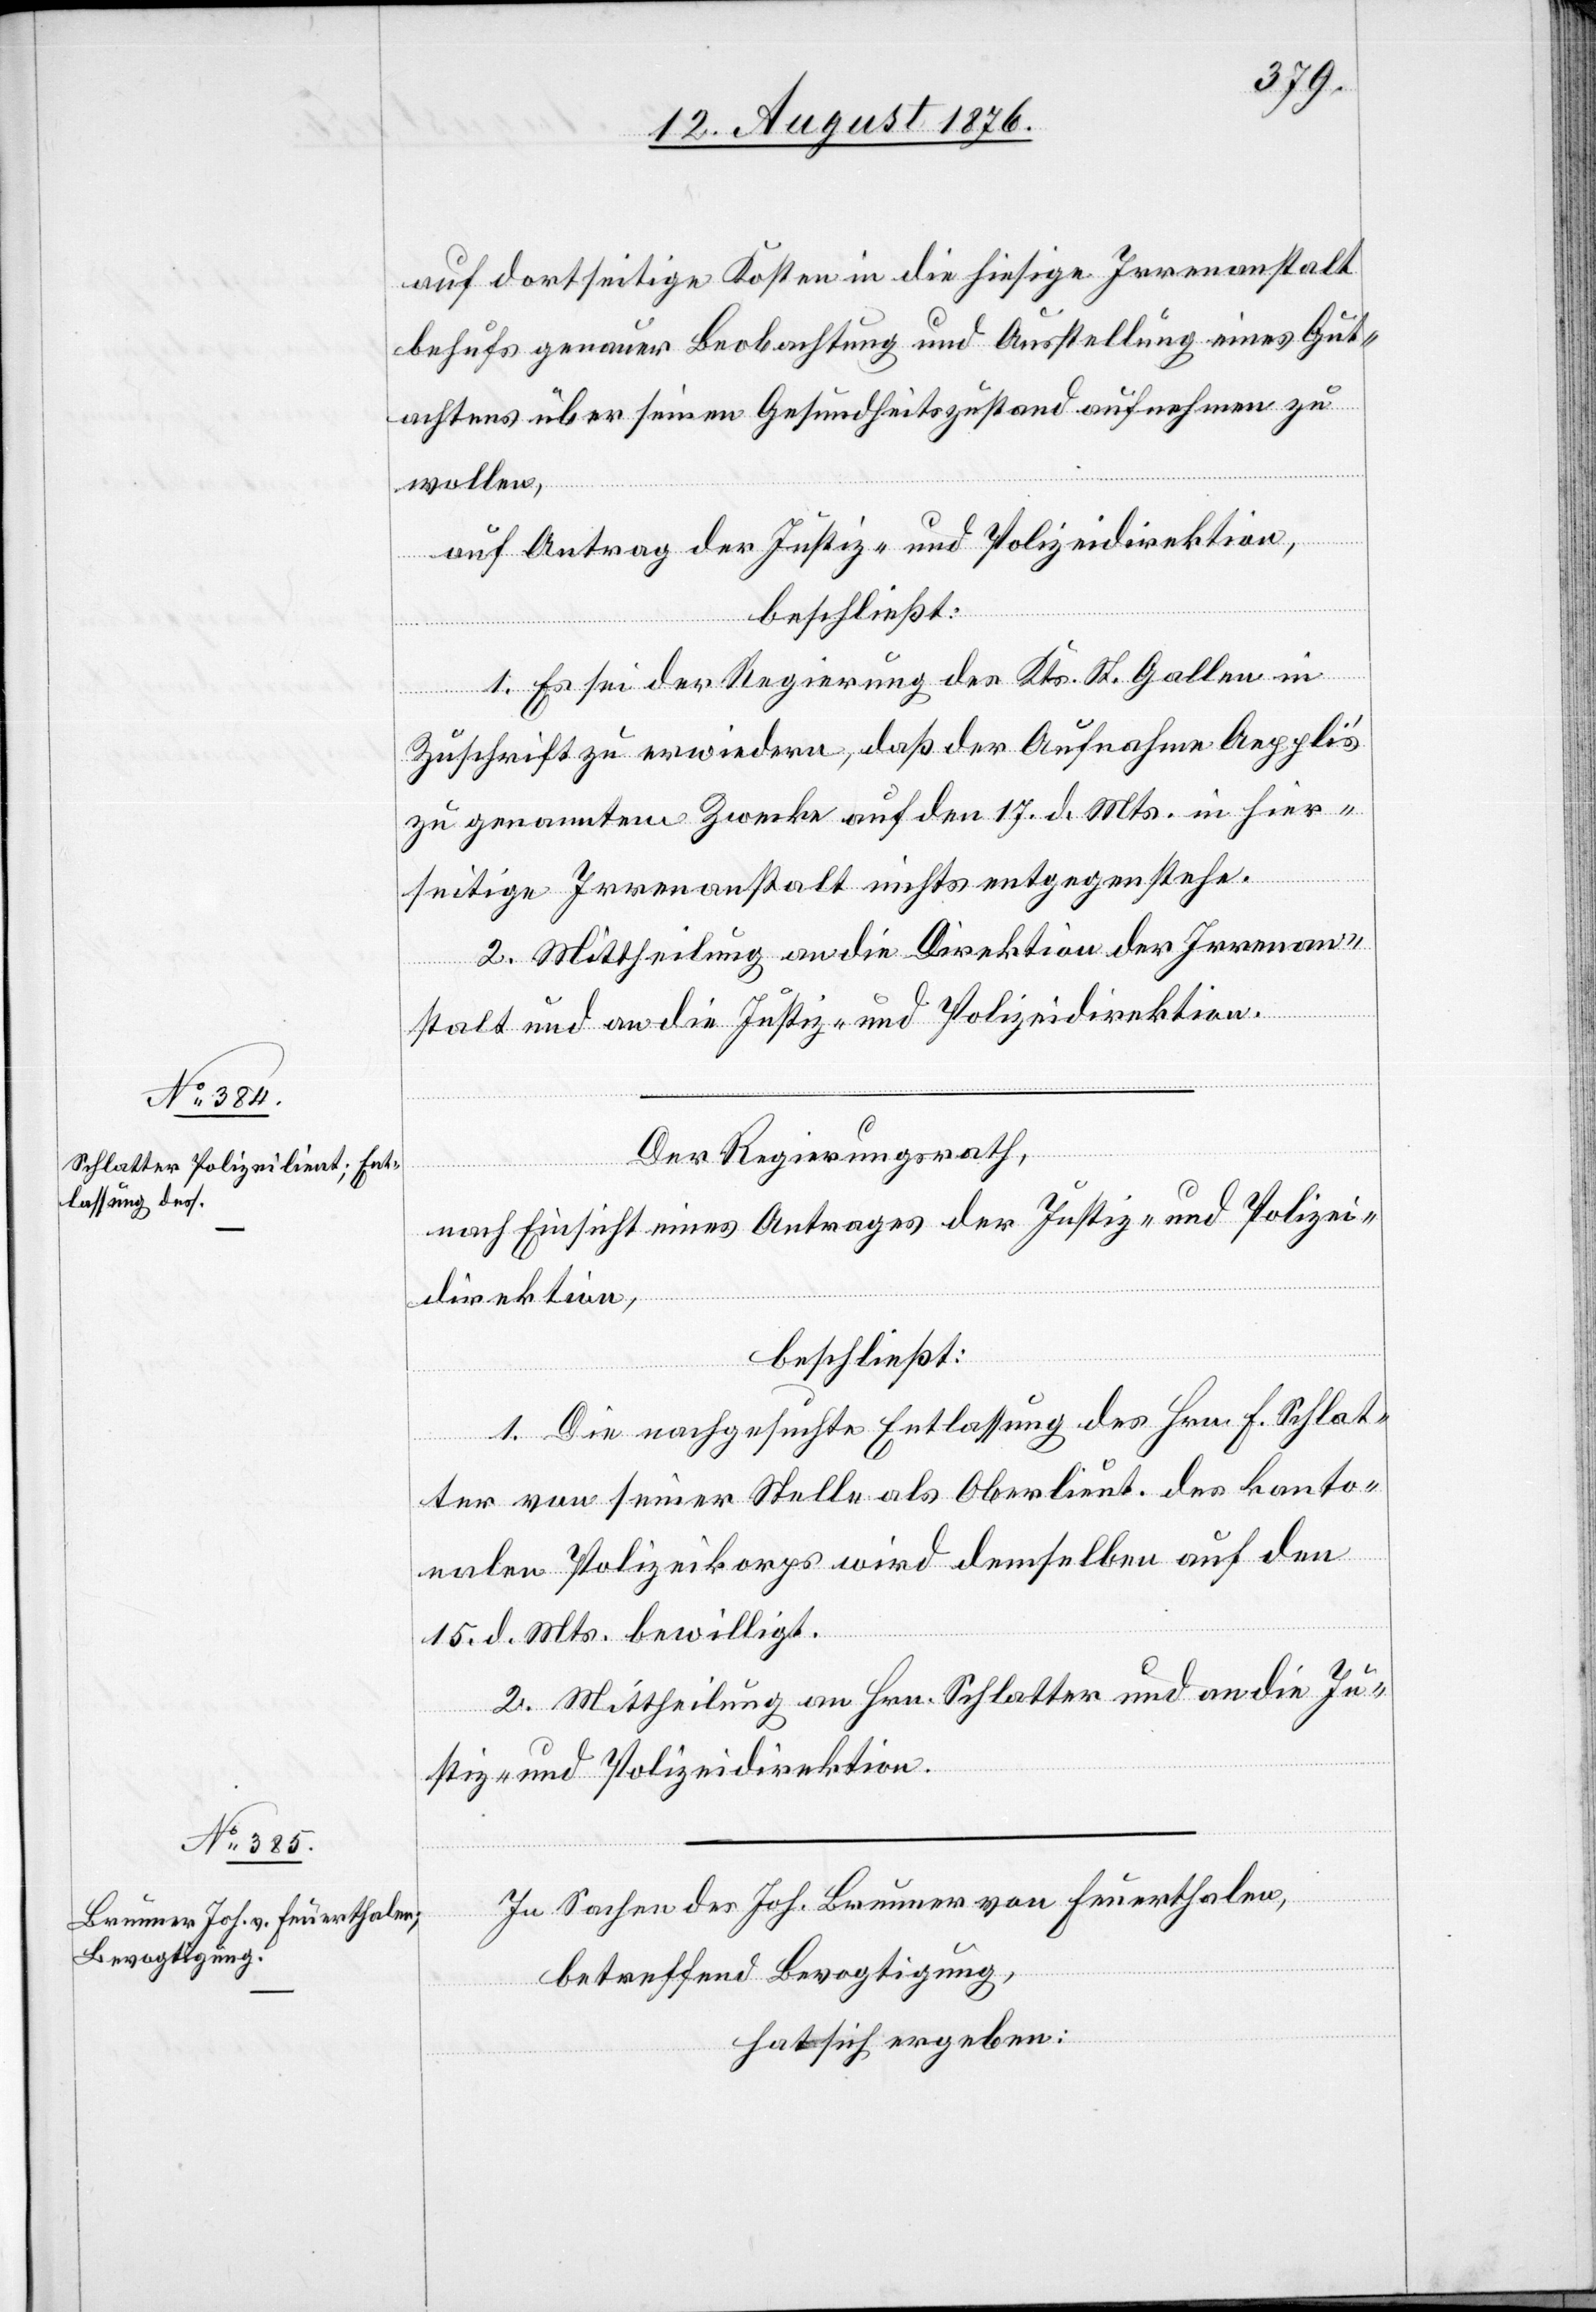
auf dortseitige Kosten in die hiesige Irrenanstalt
behufs genauer Beobachtung und Ausstellung eines Gut¬
achtens über seinen Gesundheitszustand aufnehmen zu
wollen,
auf Antrag der Justiz- und Polizeidirektion,
beschließt:
1. Es sei der Regierung des Kts. St. Gallen in
Zuschrift zu erwiedern, daß der Aufnahme Aeppli’s
zu genanntem Zwecke auf den 17. d. Mts. in hier¬
seitige Irrenanstalt nichts entgegenstehe.
2. Mittheilung an die Direktion der Irrenan¬
stalt und an die Justiz- und Polizeidirektion.
Der Regierungsrath,
nach Einsicht eines Antrages der Justiz- und Polizei¬
direktion,
beschließt:
1. Die nachgesuchte Entlassung des Hrn. F. Schlat¬
ter von seiner Stelle als Oberlieut. des kanto¬
nalen Polizeikorps wird demselben auf den
15. d. Mts. bewilligt.
2. Mittheilung an Hrn. Schlatter und an die Ju¬
stiz- und Polizeidirektion.
In Sachen des Joh. Brunner von Feuerthalen,
betreffend Bevogtigung,
hat sich ergeben: